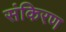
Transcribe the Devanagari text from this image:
संकिरण